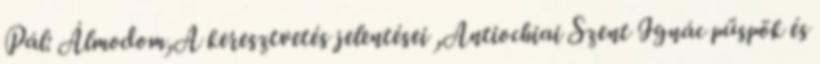
Pál: Álmodom,A keresztvetés jelentései ,Antiochiai Szent Ignác püspök és